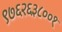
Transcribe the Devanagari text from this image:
९७६२६३८००१